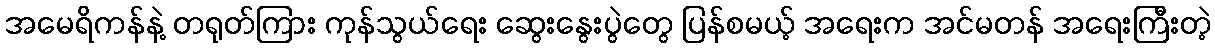
အမေရိကန်နဲ့ တရုတ်ကြား ကုန်သွယ်ရေး ဆွေးနွေးပွဲတွေ ပြန်စမယ့် အရေးက အင်မတန် အရေးကြီးတဲ့